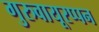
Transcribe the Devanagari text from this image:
गुरुवायूरप्पन